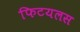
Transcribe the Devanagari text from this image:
फिटयलस